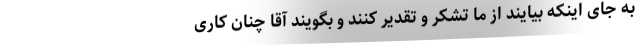
به جای اینکه بیایند از ما تشکر و تقدیر کنند و بگویند آقا چنان کاری